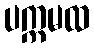
ပက္ကမထ